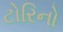
ટોરિનો